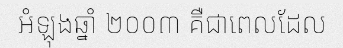
អំឡុងឆ្នាំ ២០០៣ គឺជាពេលដែល